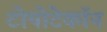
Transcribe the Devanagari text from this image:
टोपोटेकॉन